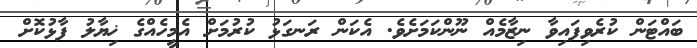
ބައްޓަން ކުރެވިފައިވާ ނިޒާމެއް ނޫންކަމަށެވެ. އެކަން ރަނގަޅު ކުރުމަށް އެމީހެއްގެ ޚިޔާލު ފާޅުކޮށް